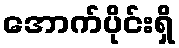
အောက်ပိုင်းရှိ